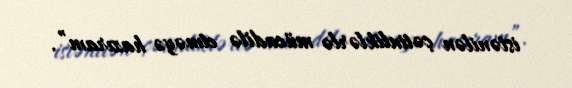
istənilən çətinliklərlə mücadilə etməyə hazıram”.